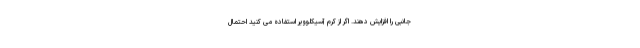
جانبی را افزایش دهند. اگر از کرم آسیکلوویر استفاده می کنید احتمال